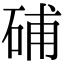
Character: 𥒰